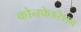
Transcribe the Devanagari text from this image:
कोनफेडरेशन